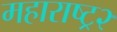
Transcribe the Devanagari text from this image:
महाराष्ट्र२